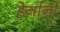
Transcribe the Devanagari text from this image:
हेर्नानी